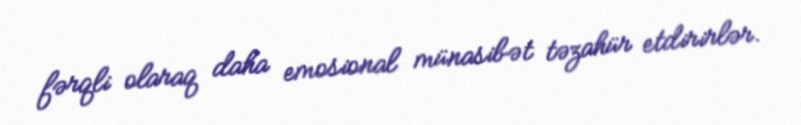
fərqli olaraq daha emosional münasibət təzahür etdirirlər.